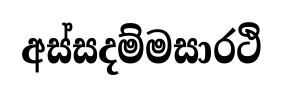
අස්සදම්මසාරථි